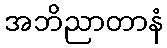
အဘိညာတာနံ